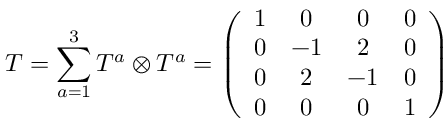
T = \sum _ { a = 1 } ^ { 3 } T ^ { a } \otimes T ^ { a } = \left( \begin{array} { c c c c } { { 1 } } & { { 0 } } & { { 0 } } & { { 0 } } \\ { { 0 } } & { { - 1 } } & { { 2 } } & { { 0 } } \\ { { 0 } } & { { 2 } } & { { - 1 } } & { { 0 } } \\ { { 0 } } & { { 0 } } & { { 0 } } & { { 1 } } \end{array} \right)